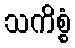
သကိစ္စံ